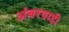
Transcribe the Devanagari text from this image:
अंबरवाडी